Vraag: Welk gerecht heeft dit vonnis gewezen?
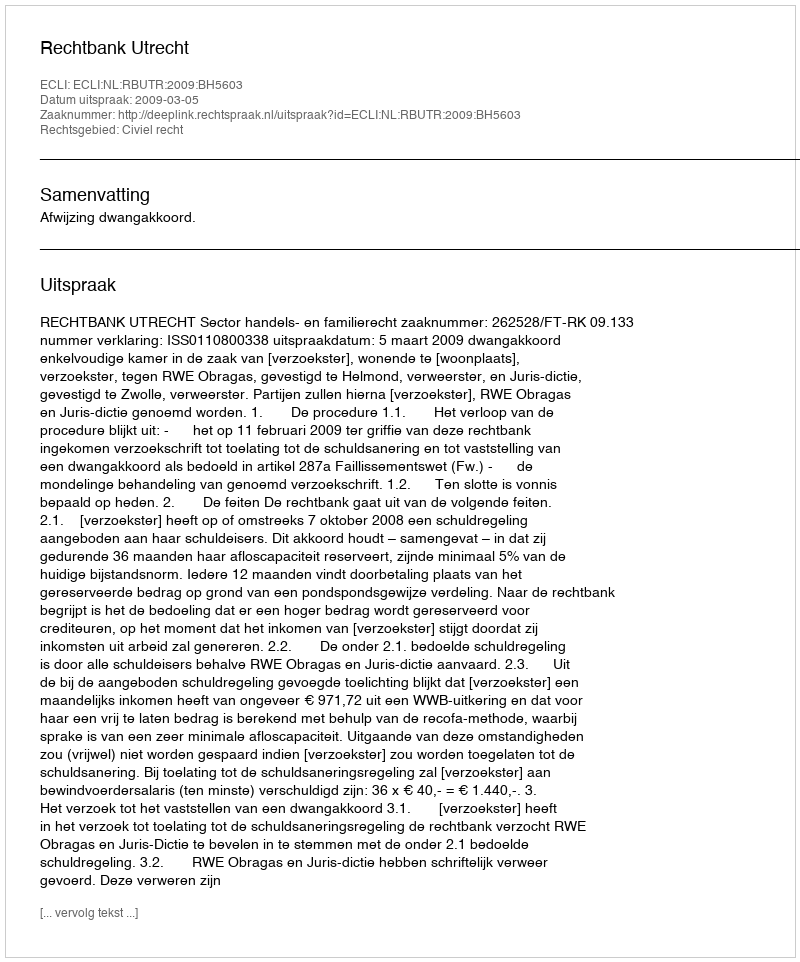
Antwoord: Rechtbank Utrecht